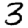
Digit: 3